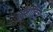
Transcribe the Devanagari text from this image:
मुवारिज